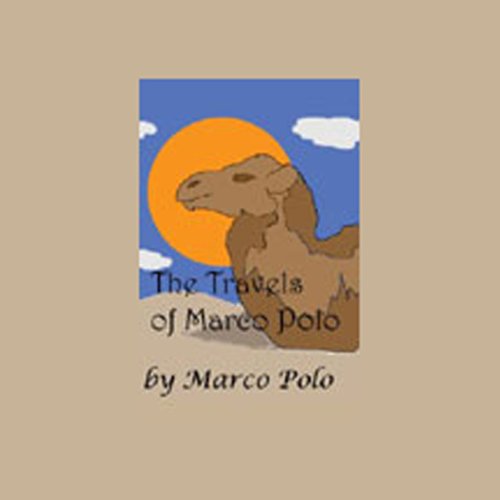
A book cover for The Travels of Marco Polo; Marco Polo; Travel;